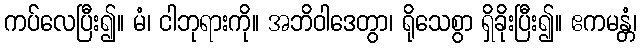
ကပ်လေပြီး၍။ မံ၊ ငါဘုရားကို။ အဘိဝါဒေတွာ၊ ရိုသေစွာ ရှိခိုးပြီး၍။ ဧကမန္တံ၊